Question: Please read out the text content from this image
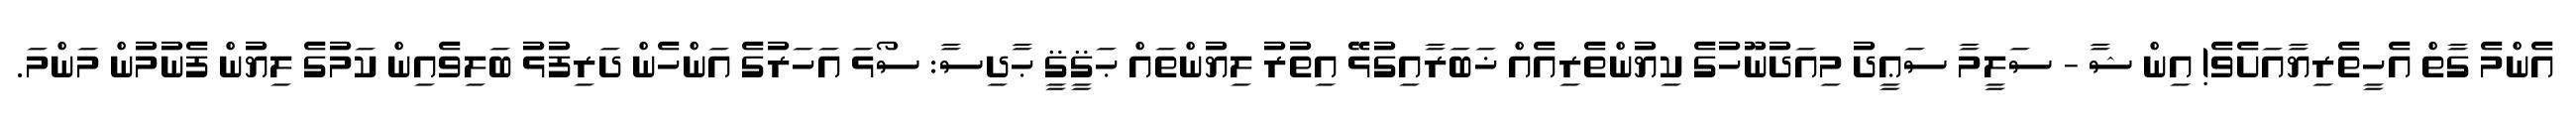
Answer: އެންމެ ގާތް އެހީތެރިޔާއަށެވެ! އިން ޝާ - ސަލީމާ ސަޢީދު މިއަދުނޫހުގެ ކިޔުންތެރިއެއް ޚަބަރާއިގުޅޭ އިތުރު ލިޔުންތައް ޙަޤީޤީ ޙާދިސާ: ސޯޅަ އަހަރުގެ އަންހެން ދަރިފުޅު ބަލިވެއިން ކަމުގެ ލިޔުން ފެނުމުން މަންމަ.